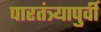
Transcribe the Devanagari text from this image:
पारतंत्र्यापुर्वी